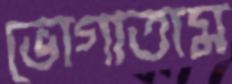
ভোগাতাম